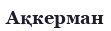
Ақкерман